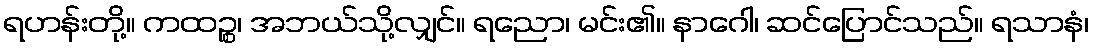
ရဟန်းတို့။ ကထဉ္စ၊ အဘယ်သို့လျှင်။ ရညော၊ မင်း၏။ နာဂေါ၊ ဆင်ပြောင်သည်။ ရသာနံ၊